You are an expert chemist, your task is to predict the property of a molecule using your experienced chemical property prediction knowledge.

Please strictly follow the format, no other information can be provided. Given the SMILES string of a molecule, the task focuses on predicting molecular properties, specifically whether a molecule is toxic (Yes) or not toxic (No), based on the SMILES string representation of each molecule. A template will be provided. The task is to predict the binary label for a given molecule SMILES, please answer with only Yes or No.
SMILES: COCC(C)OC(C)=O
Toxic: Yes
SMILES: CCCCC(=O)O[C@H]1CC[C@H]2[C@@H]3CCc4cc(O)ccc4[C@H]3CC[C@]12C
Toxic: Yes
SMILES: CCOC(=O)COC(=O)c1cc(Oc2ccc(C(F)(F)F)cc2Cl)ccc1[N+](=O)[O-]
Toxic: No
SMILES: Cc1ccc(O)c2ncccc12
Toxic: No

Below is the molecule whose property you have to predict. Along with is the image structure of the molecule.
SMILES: CCN1CCN(C(=O)N[C@@H](C(=O)N[C@@H]2C(=O)N3[C@@H]2SC(C)(C)[C@H]3C(=O)[O-])c2ccccc2)C(=O)C1=O
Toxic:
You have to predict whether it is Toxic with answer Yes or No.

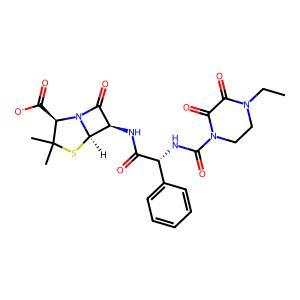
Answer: No